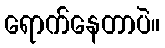
ရောက်နေတာပဲ။